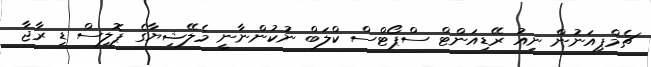
ޗެމްޕިއަނުން ނިއު ރޭޑިއަންޓް ސްޕޯޓްސް ކްލަބް ނުކުންނާނީ މެލޭޝިޔާގެ ޕޮލިސް ޑި ރާޖާ